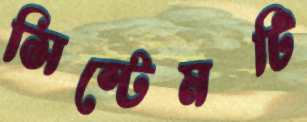
সিস্টেমটি